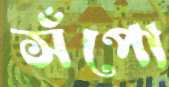
সঁপো